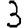
Digit: 3